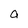
Character: a